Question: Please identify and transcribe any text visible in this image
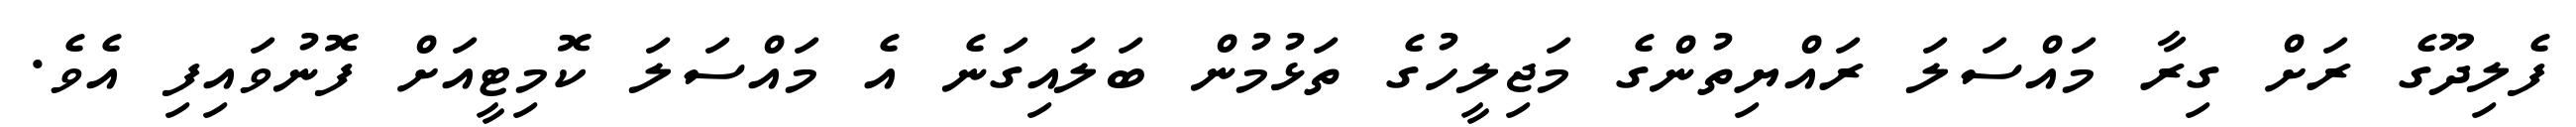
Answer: ފެލިދޫގެ ރަށް ގިރާ މައްސަލަ ރައްޔިތުންގެ މަޖިލީހުގެ ތަޅުމުން ބަލައިގަނެ އެ މައްސަލަ ކޮމިޓީއަށް ފޮނުވައިފި އެވެ.